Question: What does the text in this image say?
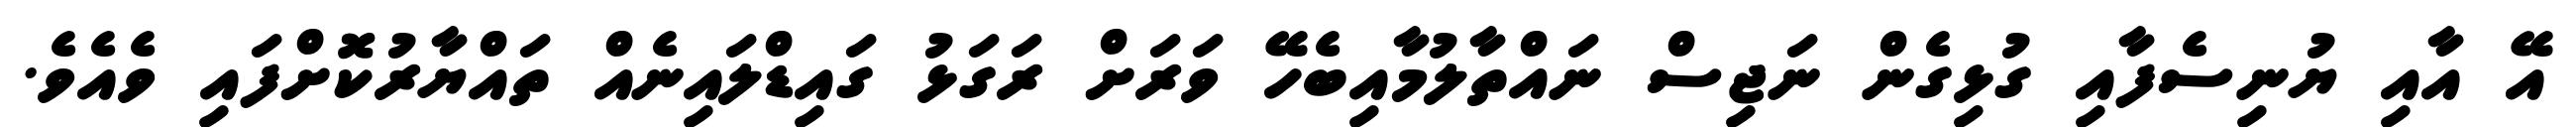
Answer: އޭ އާއި ޔުނިސެފާއި ގުޅިގެން ނަޖިސް ނައްތާލުމާއިބެހޭ ވަރަށް ރަގަޅު ގައިޑްލައިނެއް ތައްޔާރުކޮށްފައި ވެއެވެ.